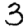
Digit: 3